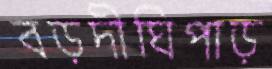
বড়দীঘিপাড়